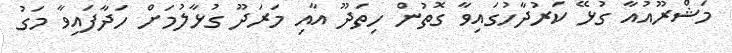
މަޝްރޫއުއާ ގުޅޭ ކަރުދާހުގައިވާ ގޮތުން ހިތަދޫ އާއި މަރަދޫ ގުޅާލުމަށް ހަދާފައިވާ މަގު